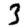
Digit: 3